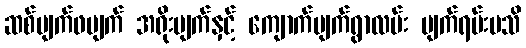
ဆစ်မျက်ဖမျက် အရိုးမျက်နှင့် ကျောက်မျက်ရွာလမ်း မျက်ရမ်းမသိ